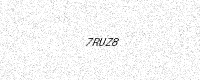
Text: 7RUZ8